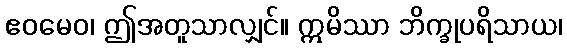
ဧဝမေဝ၊ ဤအတူသာလျှင်။ ဣမိဿာ ဘိက္ခုပရိသာယ၊